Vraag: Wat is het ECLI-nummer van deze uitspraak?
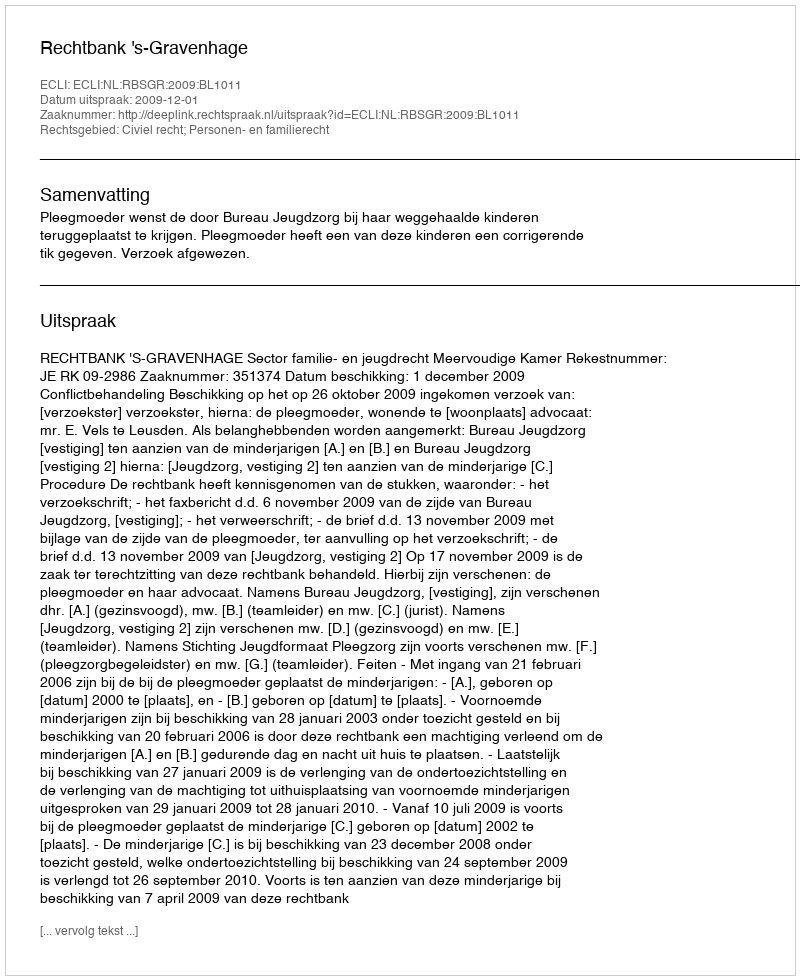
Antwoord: ECLI:NL:RBSGR:2009:BL1011